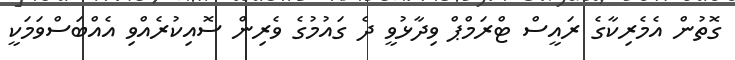
ގޮތުން އެމެރިކާގެ ރައީސް ޓްރަމްޕް ވިދާޅުވީ ދެ ގައުމުގެ ވެރިން ސޮއިކުރެއްވި އެއްބަސްވަމަކީ